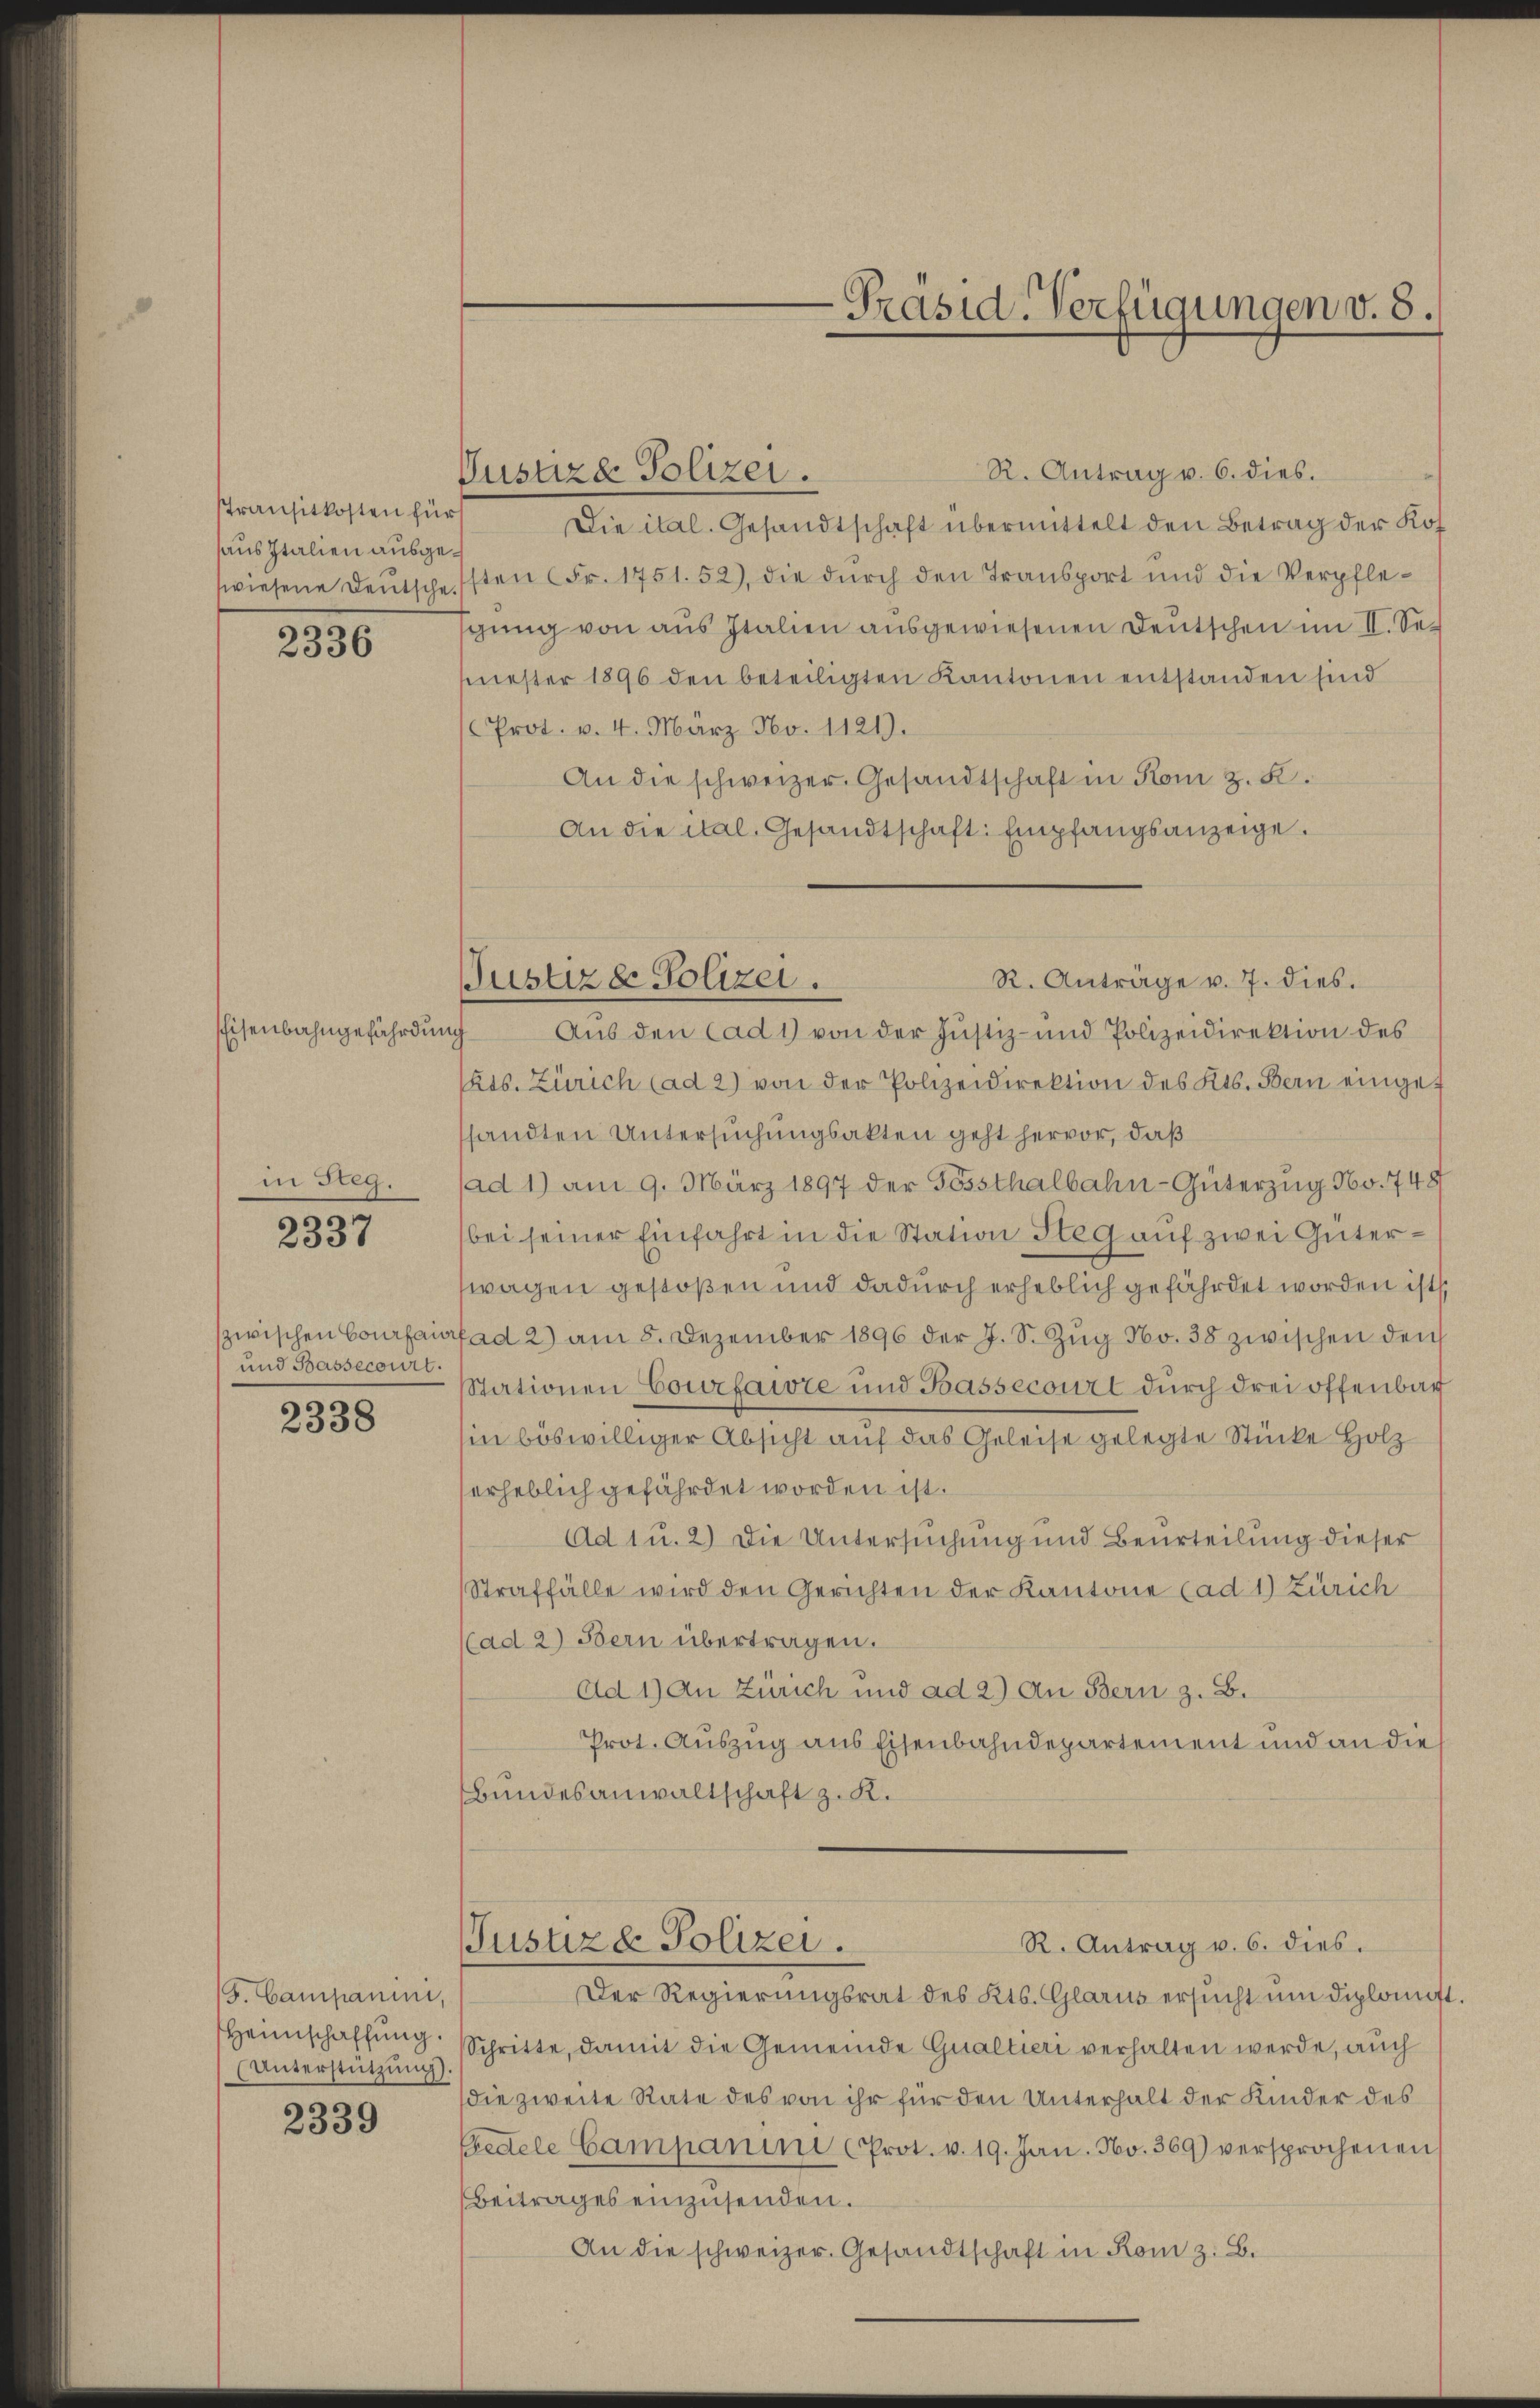
Transitkosten für
haus Italien ausge¬

2336

Eisenbahngefährdung

in Reg.

2337

zwischen Courfais
und Bassecourt.
s

2338

/S. Campanini,
Heimschaffung.
(Unterstützung

2339

R. Antrag v. 6. dies.
Pusuze Polizei.
Die ital. Gesandtschaft übermittelt den Betrag der Kofswiesene Deutsche sten Fr. 1751. 52), die dŭrch den Transport und die Verpfle-
gung von aus Italien ausgewiesenen Deutschen im II. Sec
mester 1896 den beteiligten Kantonen entstanden sind
Prot. v. 4. März No. 1121.
An die schweizer. Gesandtschaft in Rom z. B.
An die ital. Gesandtschaft Empfangsanzeige.
Aus den Cad1) von der Justiz- und Polizeidirektion des
Cts. Zürich (ad 2) von der Polizeidirektion des Kts. Bern eingef
sandten Untersuchungsakten geht hervor, daß
(ad 1) am 9. März 1897 der Gessthalbahn-Güterzug No. 748
bei seiner Einfahrt in die Station Steg auf zwei Güterwagen gestoßen und dadurch erheblich gefährdet worden ist
fad 2) am 8. Dezember 1896 der J. S. Zŭg No. 38 zwischen den
Stationen Courfaite und Bassecourt durch drei offenbar
in böswilliger Absicht auf das Geleise gelegte Stücke Holz
erheblich gefährdet worden ist.
Ad 1 u. 2) Die Untersuchung und Beurteilung dieser
Straffälle wird den Gerichten der Kantone (ad 1) Zürich
(ad 2) Bern übertragen.
Ad 1) An Zürich und ad 2) An Bern z. B.
Prot. Auszug aus Eisenbahndepartement und an die
Bundesanwaltschaft z. K.
Jusuze Polizei.
R. Antrag v. 6. dies.
Der Regierungsrat des Kts. Glarus ersucht um diplomift
Schritte, damit die Gemeinde Qualtieri verhalten werde, auch
die zweite Rate des von ihr für den Unterhalt der Kinder des
edele Gampanini Prot. v. 19. Jan. No. 369) versprochenen
Beitrages einzusenden.
An die schweizer. Gesandtschaft in Rom z. B.

R. Anträge v. 7. dies.
Justiz & Polizei.

-Präsid-Verfügungen v. 5.